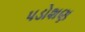
પડોશણ